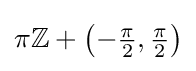
\pi \mathbb {Z} +\left(-{\tfrac {\pi }{2}},{\tfrac {\pi }{2}}\right)